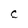
Character: C